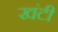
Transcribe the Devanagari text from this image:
खंटी